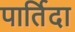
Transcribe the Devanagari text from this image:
पार्तिदा